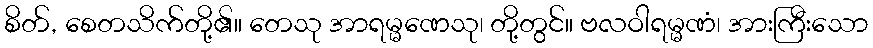
စိတ်, စေတသိက်တို့၏။ တေသု အာရမ္မဏေသု၊ တို့တွင်။ ဗလဝါရမ္မဏံ၊ အားကြီးသော